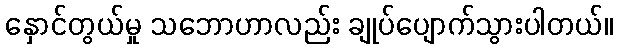
နှောင်တွယ်မှု သဘောဟာလည်း ချုပ်ပျောက်သွားပါတယ်။